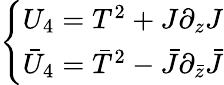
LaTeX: \left\{ \begin{array}{l}{{U_{4}=T^{2}+J\partial_{z}J}}\\ {{\bar{U}_{4}=\bar{T}^{2}-\bar{J}\partial_{\bar{z}}\bar{J}}}\end{array}\right.